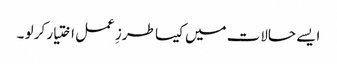
ایسے حالات میں کیسا طرزِ عمل اختیار کر لو ۔